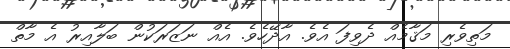
މަތިވެރި މަޤާމެއް ދެވިފަ އެވެ. އާދޭހެވެ. އެއް ނަޒަރަކުން ބަލާއިރު އެ މާތް